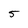
Character: 5